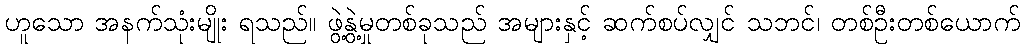
ဟူသော အနက်သုံးမျိုး ရသည်။ ဖွဲ့နွဲ့မှုတစ်ခုသည် အများနှင့် ဆက်စပ်လျှင် သဘင်၊ တစ်ဦးတစ်ယောက်